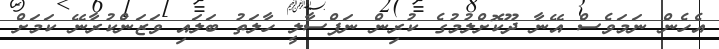
އެހެން ނަމަވެސް އޭނާ ދޫކޮށްލުމުގެ ކުރިން ނަފްސާލީ ހާލަތު ބަލައި ވަޒަންކުރާނޭ ކަމަށް